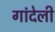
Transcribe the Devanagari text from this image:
गांदेली